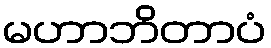
မဟာဘိတာပံ